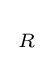
{\begin{smallmatrix}R\end{smallmatrix}}